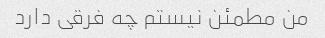
من مطمئن نیستم چه فرقی دارد